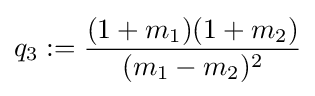
q_{3}:={\frac {(1+m_{1})(1+m_{2})}{(m_{1}-m_{2})^{2}}}